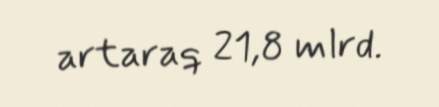
artaraq 21,8 mlrd.